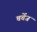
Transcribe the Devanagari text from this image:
चर्चेज